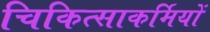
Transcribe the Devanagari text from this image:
चिकित्साकर्मियों